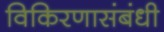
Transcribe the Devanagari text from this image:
विकिरणासंबंधी